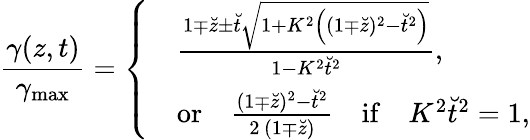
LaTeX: \frac{\gamma(z,t)}{\gamma_{\operatorname*{max}}}=\left\lbrace\begin{array}{rl}&{\frac{1\mp\breve{z}\pm\breve{t}\sqrt{1+K^{2}\left((1\mp\breve{z})^{2}-\breve{t}^{2}\right)}}{1-K^{2}\breve{t}^{2}},}\\ &{\mathrm{or}\quad\frac{(1\mp\breve{z})^{2}-\breve{t}^{2}}{2\, (1\mp\breve{z})}\quad\mathrm{if}\quad K^{2}\breve{t}^{2}=1,}\end{array}\right.